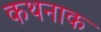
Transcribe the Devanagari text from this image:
कथनाक